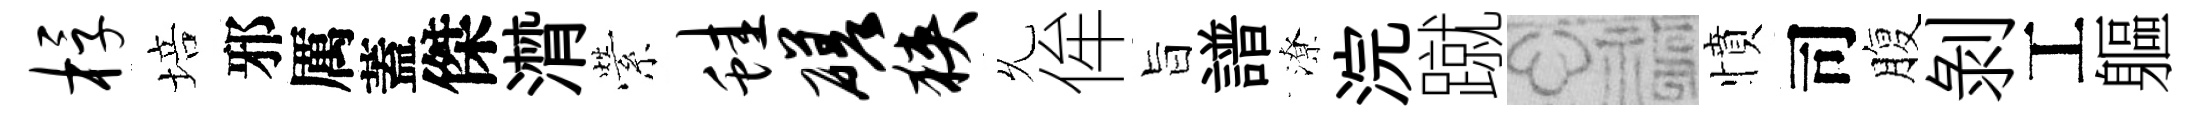
桴培邪厲蓋傑潸縈蛙磋狭𠃔侔旨譜潦浣蹴福憤司腹剝工軀